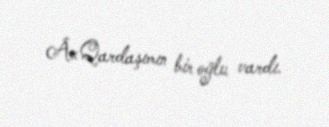
Â«Qardaşımın bir oğlu vardı.